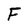
Character: F